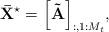
LaTeX: \begin{align*} {{\bf{\bar X}}^{\star}} = {\left[ {{\bf{\tilde A}}} \right]_{:,1:{M_t}}}, \end{align*}